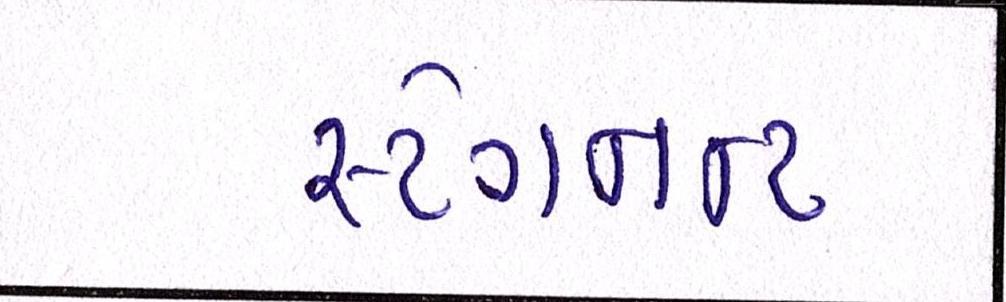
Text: સ્ટેગનન્ટ